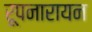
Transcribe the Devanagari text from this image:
रूपनारायन